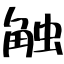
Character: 触